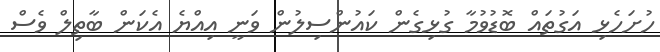
ހުށަހެޅި އަގުތައް ބޮޑުވުމާ ގުޅިގެން ކައުންސިލުން ވަނީ އިއްޔެ އެކަން ބާތިލް ވެސް